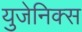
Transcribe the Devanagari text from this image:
युजेनिक्स